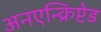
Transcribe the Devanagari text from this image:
अनएन्क्रिप्टेड